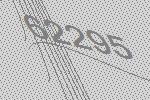
62295